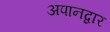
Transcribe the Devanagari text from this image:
अपानद्वार